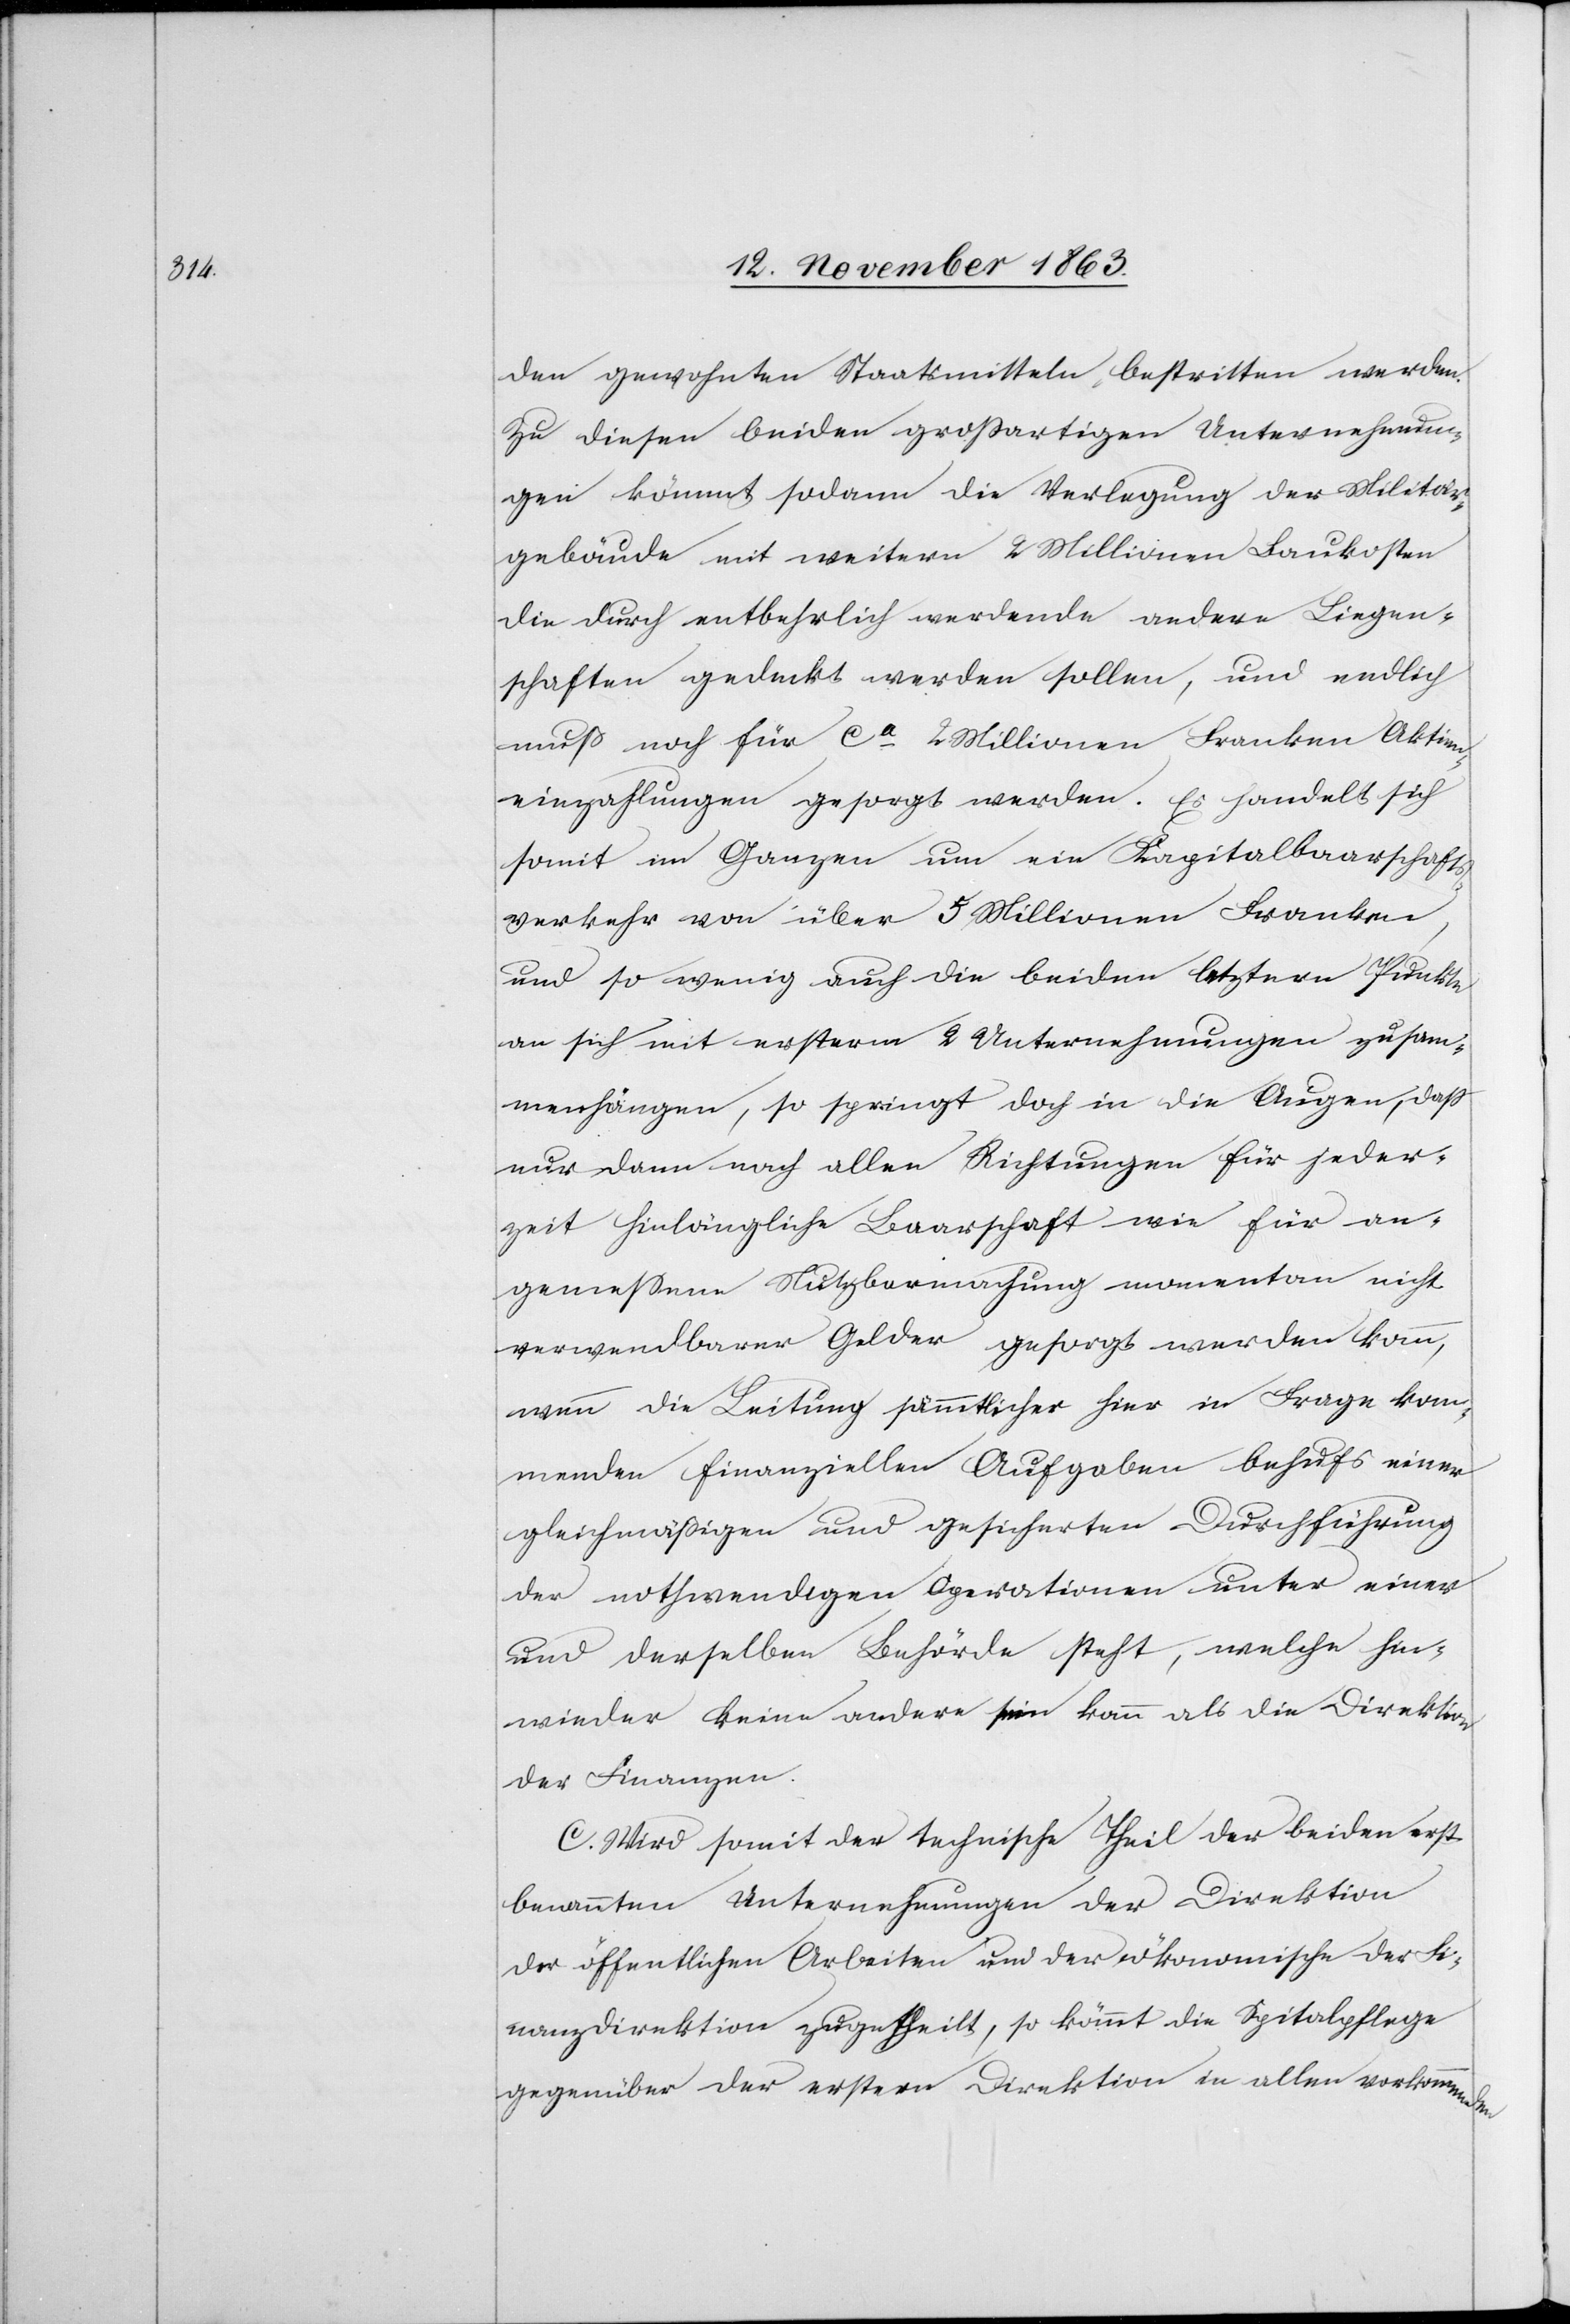
den gewohnten Staatsmitteln bestritten werden.
Zu diesen beiden großartigen Unternehmun¬
gen kömmt sodann die Verlegung der Militär¬
gebäude mit weitern 2 Millionen Baukosten
die durch entbehrlich werdende andere Liegen¬
schaften gedeckt werden sollen, und endlich
muß noch für ca 2 Millionen Franken Aktien¬
einzahlungen gesorgt werden. Es handelt sich
somit im Ganzen um ein Kapitalbaarschafts¬
verkehr von über 5 Millionen Franken,
und so wenig auch die beiden letztern Punkte
an sich mit ersteren 2 Unternehmungen zusam¬
menhängen, so springt doch in die Augen, dass
nur dann nach allen Richtungen für jeder¬
zeit hinlängliche Baarschaft wie für an¬
gemessene Nutzbarmachung momentan nicht
verwendbarer Gelder gesorgt werden kann,
wenn die Leitung sämmtlicher hier in Frage kom¬
menden finanziellen Aufgaben behufs einer
gleichmäßigen und gesicherten Durchführung
der nothwendigen Operationen unter einer
und derselben Behörde steht, welche hin¬
wieder keine andere sein kann als die Direktion
der Finanzen.
C. Wird somit der technische Theil der beiden erst
benannten Unternehmungen der Direktion
der öffentlichen Arbeiten und der ökonomische der Fi¬
nanzdirektion zugetheilt, so kömmt die Spitalpflege
gegenüber der erstern Direktion in allen vorkommenden